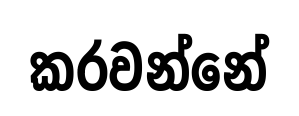
කරවන්නේ